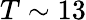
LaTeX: T\sim 13